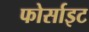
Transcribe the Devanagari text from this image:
फोर्साइट